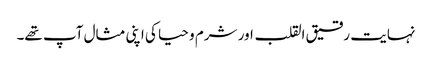
نہایت رقیق القلب اور شرم و حیا کی اپنی مثال آپ تھے۔